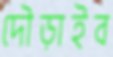
দৌড়াইব